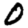
Digit: 0